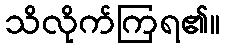
သိလိုက်ကြရ၏။